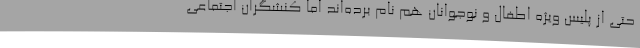
حتی از پلیس ویژه اطفال و نوجوانان هم نام برده‌اند اما کنشگران اجتماعی